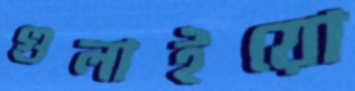
গুলাইয়ো